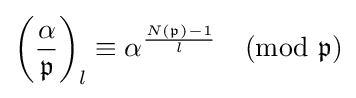
\left({\frac {\alpha }{\mathfrak {p}}}\right)_{l}\equiv \alpha ^{\frac {N({\mathfrak {p}})-1}{l}}{\pmod {\mathfrak {p}}}